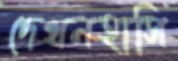
দেখনহাসি